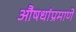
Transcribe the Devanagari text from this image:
औषधांप्रमाणे